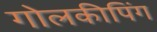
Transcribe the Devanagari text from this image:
गोलकीपिंग